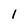
Character: 1